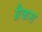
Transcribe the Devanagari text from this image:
ग्रैकस